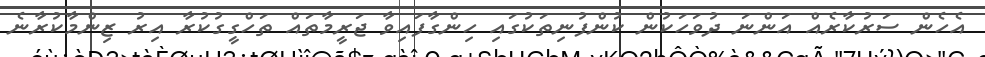
އެހެން ސަރުކާރެއް އަންނަ ދުވަހަކުން ކުންފުނިތަކުގައި ހިންގާފައިވާ ޖަރީމާތައް ތަހްގީގުކުރާ އިރު ޒިންމާކުރާނެ